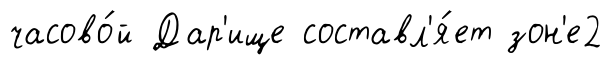
часово́й Дар'ище составл'я́ет зон'е2